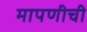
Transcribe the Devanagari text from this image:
मापणीची